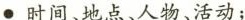
·时间、地点、人物、活动；